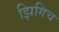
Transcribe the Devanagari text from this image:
झिगिच